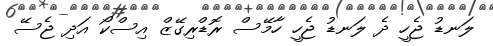
ލަނޑު ޖެހީ ދެ ލަނޑު ޖެހީ ހާމޭސް ރޮޑްރިގޭޒް އިސްކޯ އަދި ޖެސޭ